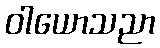
ဝါယောသညာ